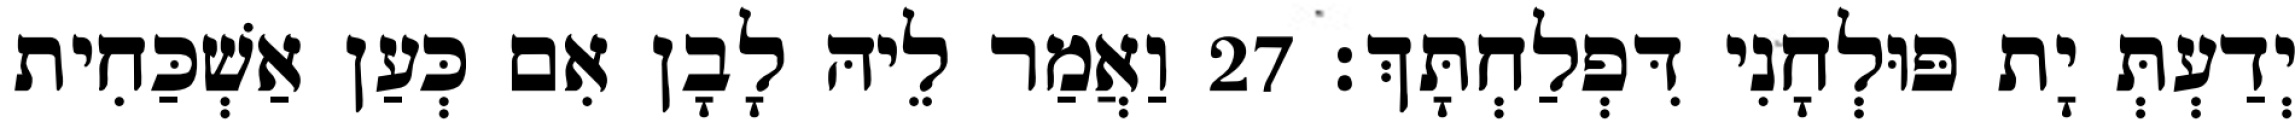
יְדַעְתְּ יָת פּוּלְחָנִי דִּפְלַחְתָּךְ׃ 27 וַאֲמַר לֵיהּ לָבָן אִם כְּעַן אַשְׁכַּחִית